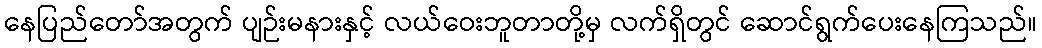
နေပြည်တော်အတွက် ပျဉ်းမနားနှင့် လယ်ဝေးဘူတာတို့မှ လက်ရှိတွင် ဆောင်ရွက်ပေးနေကြသည်။